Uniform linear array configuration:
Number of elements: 32
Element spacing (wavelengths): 0.25
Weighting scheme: blackman
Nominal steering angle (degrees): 15
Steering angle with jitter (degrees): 14.577
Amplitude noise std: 0.05
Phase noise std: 0.05

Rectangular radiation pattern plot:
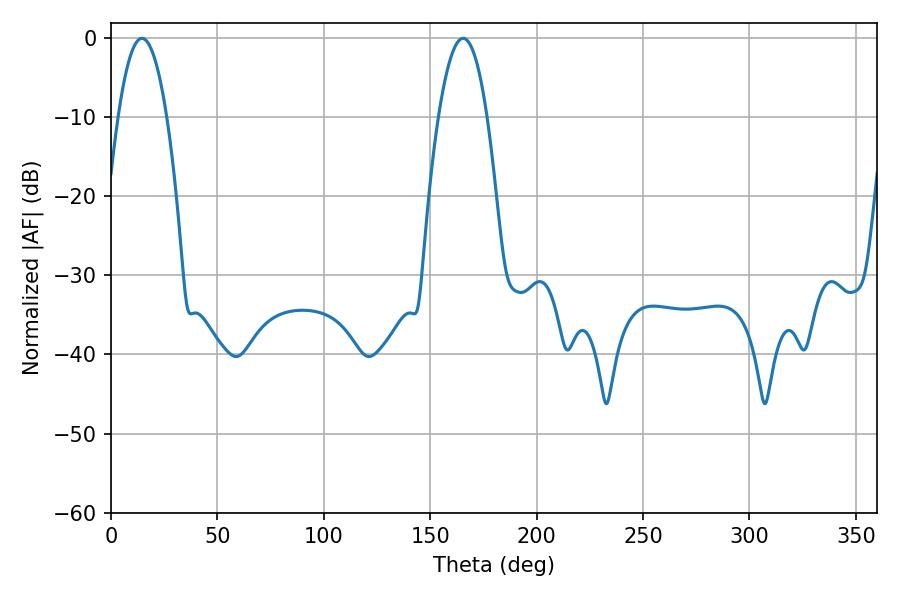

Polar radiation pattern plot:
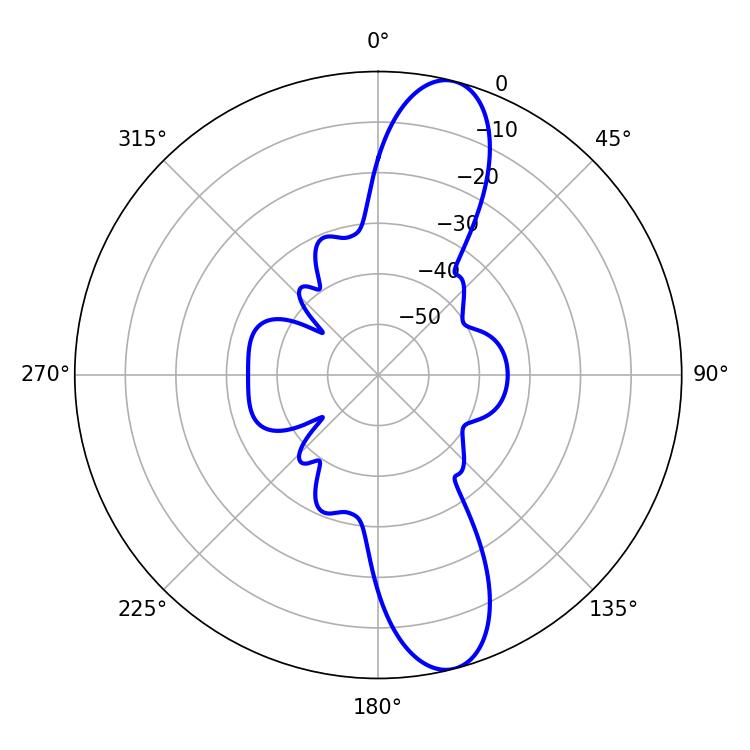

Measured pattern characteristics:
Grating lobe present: FALSE
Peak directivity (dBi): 12.276
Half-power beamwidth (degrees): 12.6
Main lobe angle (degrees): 14.58